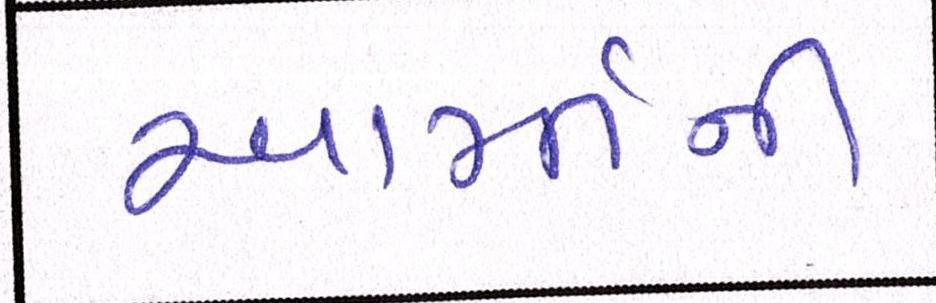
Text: આર્મીની